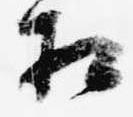
相